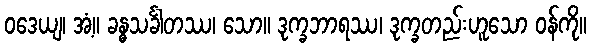
ဝဒေယျ၊ အံ့။ ခန္ဓသင်္ခါတဿ၊ သော။ ဒုက္ခဘာရဿ၊ ဒုက္ခတည်းဟူသော ဝန်ကို။